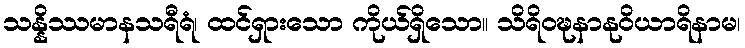
သန္နိဿမာနသရီရံ၊ ထင်ရှားသော ကိုယ်ရှိသော။ သိရိဝဍ္ဎနာနုဝိယာရိနာမ၊